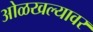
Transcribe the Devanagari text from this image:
ओळखल्यावर